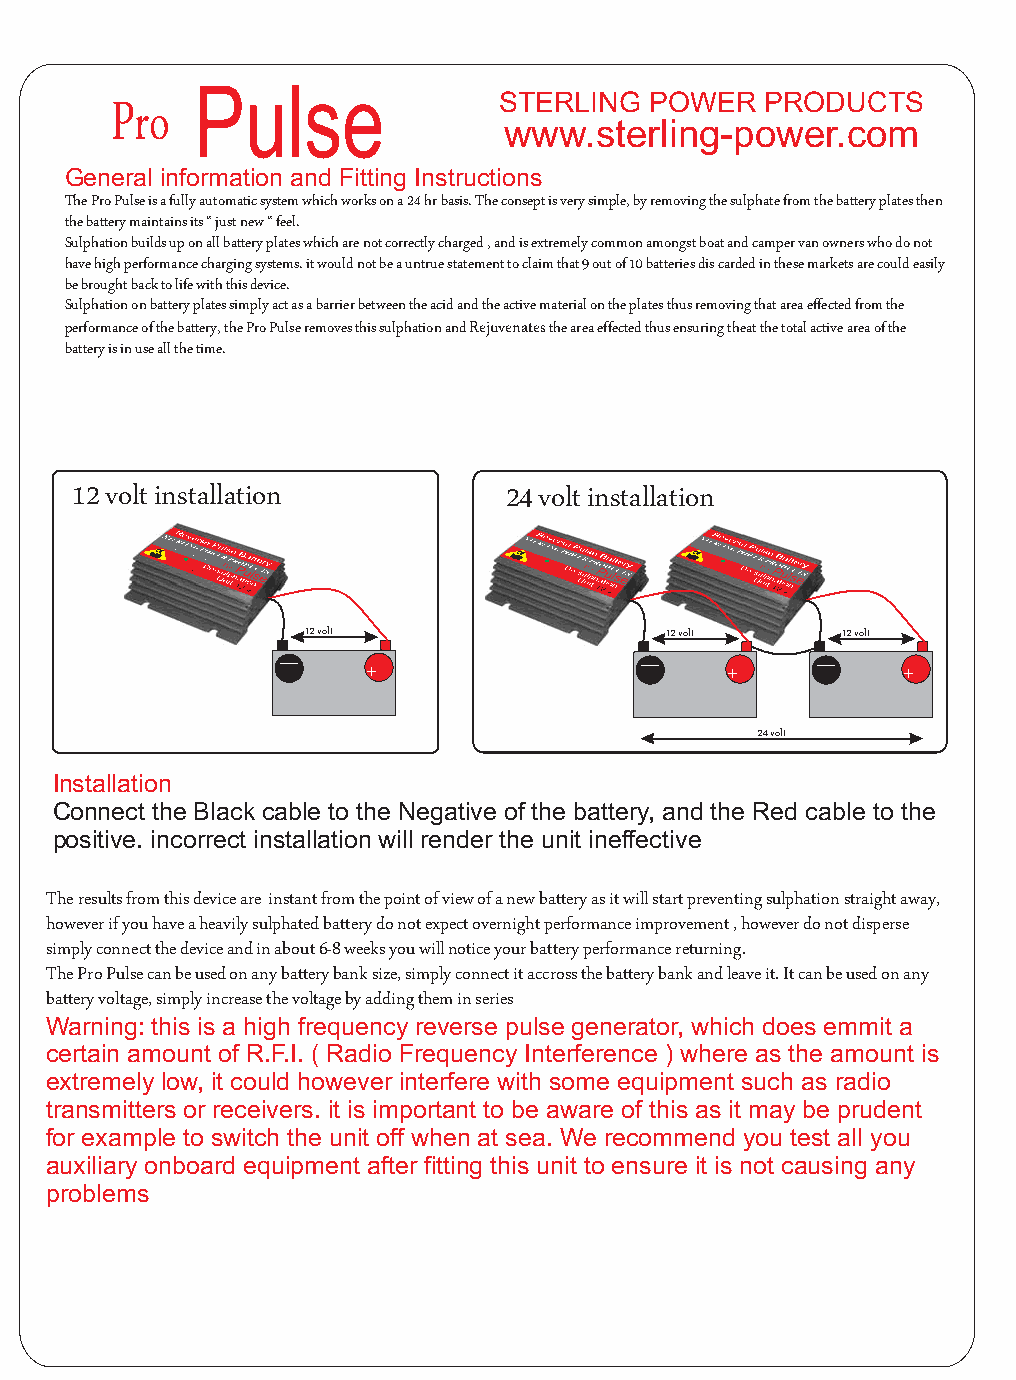
Pro  Pulse
 STERLING  POWER   PRODUCTS
 www.sterling-power.com
 General information and Fitting Instructions
 TheProPulseisafullyautomaticsystemwhichworksona24hrbasis.Theconseptisverysimple,byremovingthesulphatefromthebatteryplatesthen
 thebatterymaintainsits“justnew“feel.
 Sulphationbuildsuponallbatteryplateswhicharenotcorrectlycharged,andisextremelycommonamongstboatandcampervanownerswhodonot
 havehighperformancechargingsystems.itwouldnotbeauntruestatementtoclaimthat9outof10batteriesdiscardedinthesemarketsarecouldeasily
 bebroughtbacktolifewiththisdevice.
 Sulphationonbatteryplatessimplyactasabarrierbetweentheacidandtheactivematerialontheplatesthusremovingthatareaeffectedfromthe
 performanceofthebattery,theProPulseremovesthissulphationandRejuvenatestheareaeffectedthusensuringtheatthetotalactiveareaofthe
 batteryisinuseallthetime.
 12voltinstallation           24voltinstallation
 12volt                  12volt     12volt
 _                       _          _
 +                       +          +
 24volt
 Installation
 Connect the Black cable to the Negative of the battery, and the Red cable to the
 positive. incorrect installation will render the unit ineffective
 Theresultsfromthisdeviceare instantfromthepointofviewofanewbatteryasitwillstartpreventingsulphationstraightaway,
 howeverifyouhaveaheavilysulphatedbatterydonotexpectovernightperformanceimprovement,howeverdonotdisperse
 simplyconnectthedeviceandinabout6-8weeksyouwillnoticeyourbatteryperformancereturning.
 TheProPulsecanbeusedonanybatterybanksize,simplyconnectitaccrossthebatterybankandleaveit.Itcanbeusedonany
 batteryvoltage,simplyincreasethevoltagebyaddingtheminseries
 Warning: this is a high frequency reverse pulse generator, which does emmit a
 certain amount of R.F.I. ( Radio Frequency Interference ) where as the amount is
 extremely low, it could however interfere with some equipment such as radio
 transmitters or receivers. it is important to be aware of this as it may be prudent
 for example to switch the unit off when at sea. We recommend you test all you
 auxiliary onboard equipment after fitting this unit to ensure it is not causing any
 problems